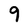
Character: 9